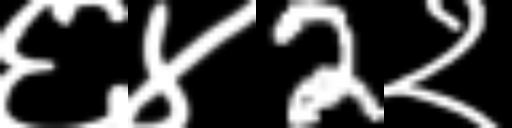
Text: ६४2२